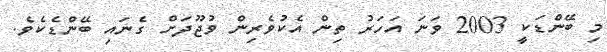
މި ބޭންޑަކީ 2003 ވަނަ އަހަރު ތިން އެކުވެރިން ވުޖޫދަށް ގެނައި ބޭންޑެކެވެ.